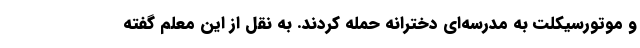
و موتورسیکلت به مدرسه‌ای‌ دخترانه حمله کردند. به نقل از این معلم گفته